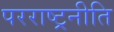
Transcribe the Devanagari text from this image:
परराष्ट्रनीति